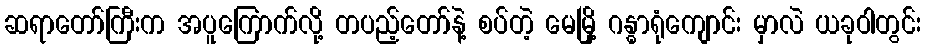
ဆရာတော်ကြီးက အပူကြောက်လို့ တပည့်တော်နဲ့ စပ်တဲ့ မေမြို့ ဂန္ဓာရုံကျောင်း မှာလဲ ယခုဝါတွင်း